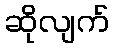
ဆိုလျက်